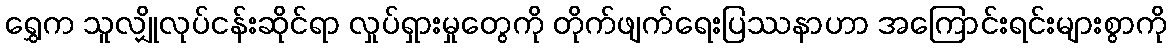
ရွှေက သူလျှိုလုပ်ငန်းဆိုင်ရာ လှုပ်ရှားမှုတွေကို တိုက်ဖျက်ရေးပြဿနာဟာ အကြောင်းရင်းများစွာကို